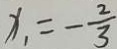
x _ { 1 } = - \frac { 2 } { 3 }